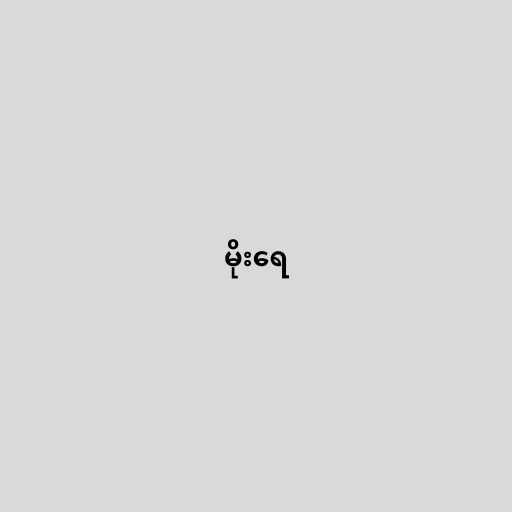
မိုးရေ